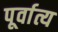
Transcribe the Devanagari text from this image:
पूर्वात्य